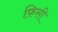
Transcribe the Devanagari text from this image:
फ़िसी